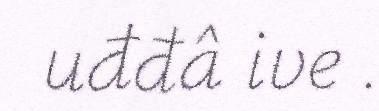
uđđâ ive .